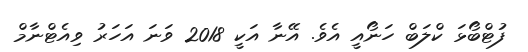
ފުޓްބޯޅަ ކްލަބް ހަނޯއީ އެވެ. އޭނާ އަކީ 2018 ވަނަ އަހަރު ވިއެޓްނާމް